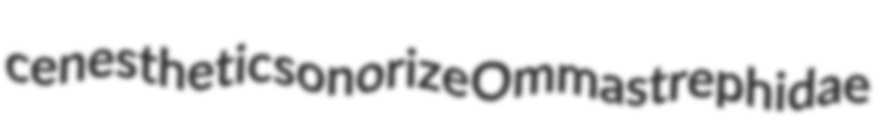
cenesthetic sonorize Ommastrephidae